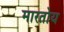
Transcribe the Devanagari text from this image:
मारतोय